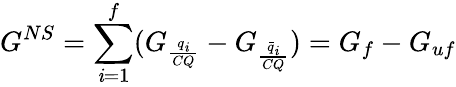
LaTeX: G^{NS}=\sum_{\mathit{i}=1}^{f}(G_{\frac{{q_{\mathit{i}}}}{{CQ}}}-G_{\frac{{\bar{{q}}_{\mathit{i}}}}{{CQ}}})=G_{f}-G_{uf}